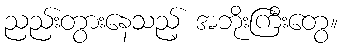
ညည်းတွားနေသည့် အဘိုးကြီးတွေ။